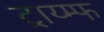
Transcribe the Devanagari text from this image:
ट्राय्म्फ